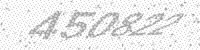
Solution: 450822